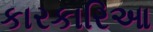
કારકારિઆ